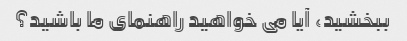
ببخشید، آیا می خواهید راهنمای ما باشید؟